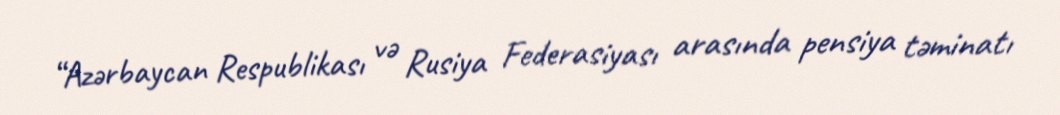
“Azərbaycan Respublikası və Rusiya Federasiyası arasında pensiya təminatı